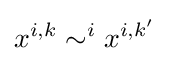
x^{i,k}\sim ^{i}x^{i,k'}